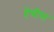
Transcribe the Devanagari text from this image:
हेन्रीस